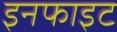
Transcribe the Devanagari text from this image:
इनफाइट